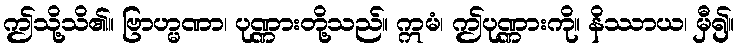
ဤသို့သိ၏။ ဗြာဟ္မဏာ၊ ပုဏ္ဏားတို့သည်။ ဣမံ၊ ဤပုဏ္ဏားကို။ နိဿာယ၊ မှီ၍။